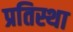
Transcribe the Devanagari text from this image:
प्रतिस्था